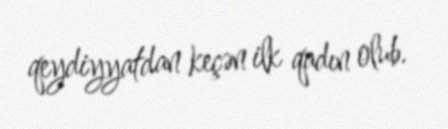
qeydiyyatdan keçən ilk qadın olub.